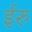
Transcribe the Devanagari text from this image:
ईरु